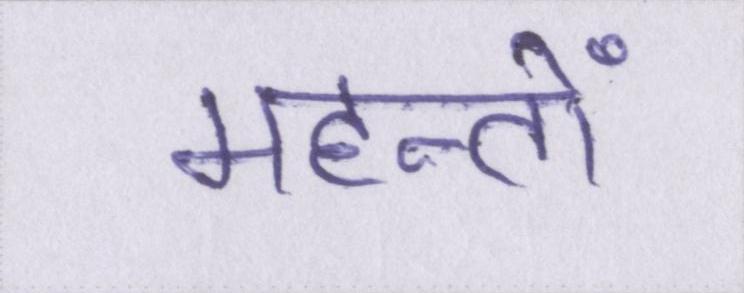
महन्तों